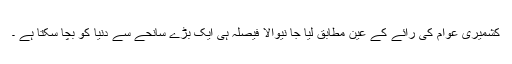
کشمیری عوام کی رائے کے عین مطابق لیا جا نیوالا فیصلہ ہی ایک بڑے سانحے سے دنیا کو بچا سکتا ہے ۔